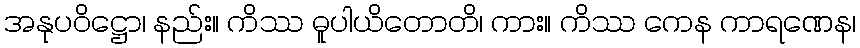
အနုပဝိဋ္ဌော၊ နည်း။ ကိဿ ဓူပါယိတောတိ၊ ကား။ ကိဿ ကေန ကာရဏေန၊